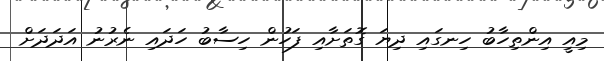
މިއީ އިންތިހާބު ހިނގައި ދިޔަ ގޮތަށާއި ފަހުން ހިސާބު ހަދައި ނެރުނު އަދަދަށް